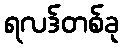
ရလဒ်တစ်ခု